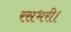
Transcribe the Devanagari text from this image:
रसभरी।